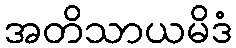
အတိသာယမိဒံ